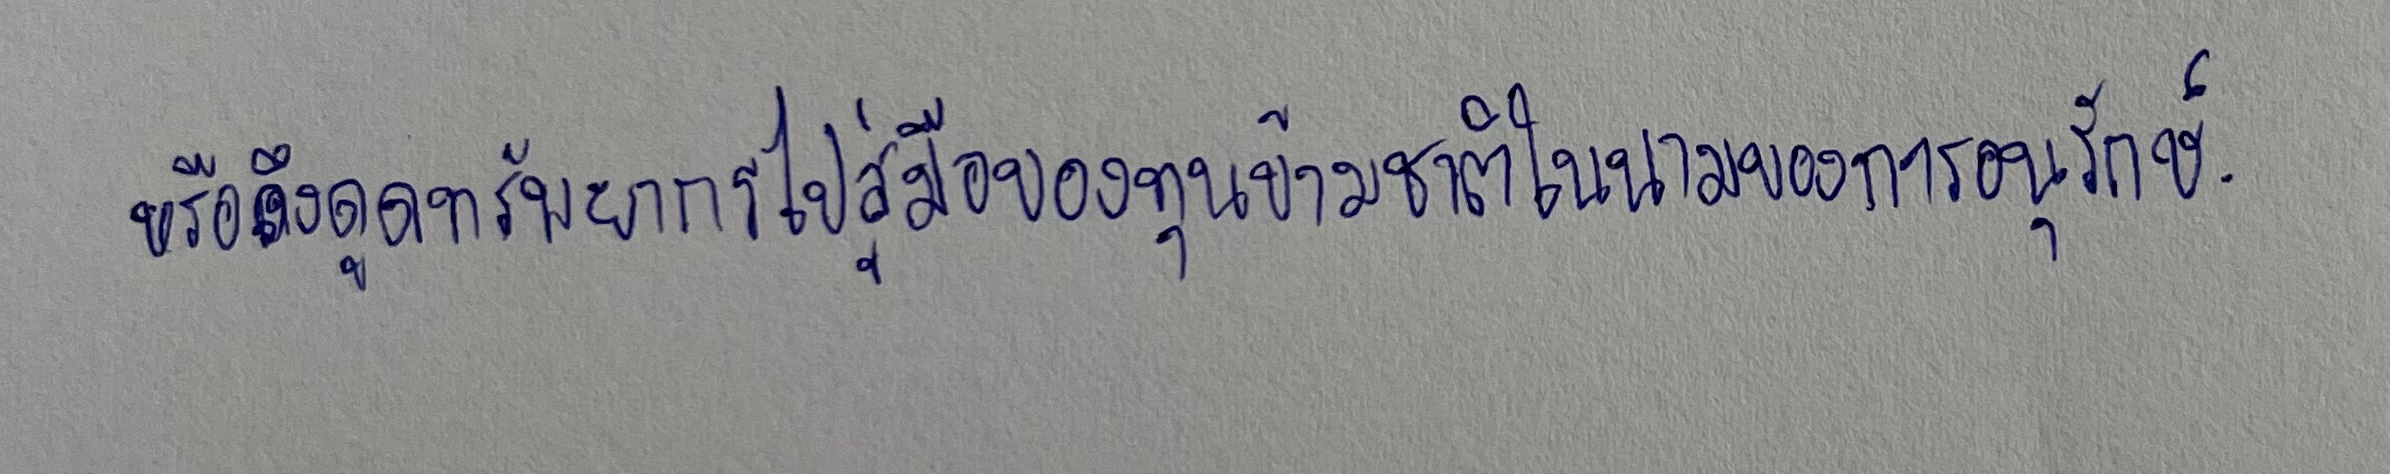
หรือดึงดูดทรัพยากรไปสู่มือของทุนข้ามชาติในนามของการอนุรักษ์